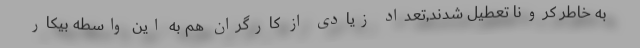
به خاطر کرونا تعطیل شدند,تعداد زیادی از کارگران هم به این واسطه بیکار